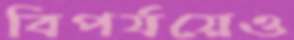
বিপর্যয়েও